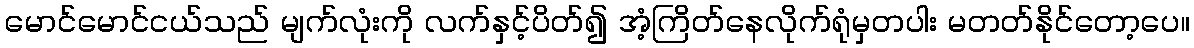
မောင်မောင်ငယ်သည် မျက်လုံးကို လက်နှင့်ပိတ်၍ အံ့ကြိတ်နေလိုက်ရုံမှတပါး မတတ်နိုင်တော့ပေ။